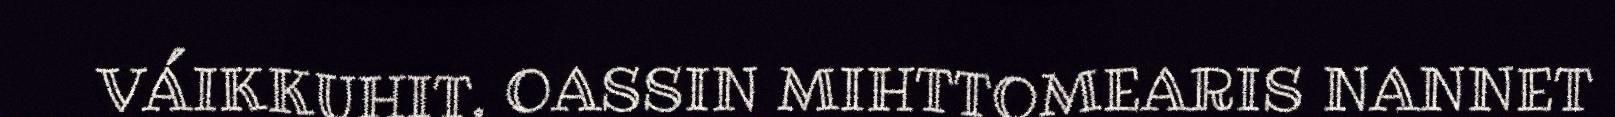
VÁIKKUHIT. OASSIN MIHTTOMEARIS NANNET